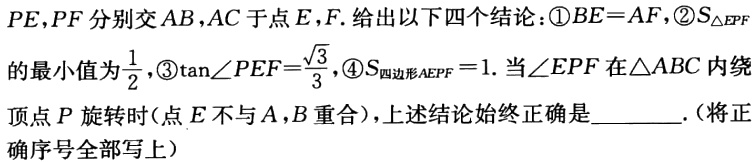
$PE,PF$分别交$AB,AC$于点$E,F$. 给出以下四个结论：\textcircled{1}$BE = AF$,\textcircled{2}$S_{\triangle EPF}$的最小值为$\frac{1}{2}$,\textcircled{3}$\tan\angle PEF=\frac{\sqrt{3}}{3}$,\textcircled{4}$S_{四边形AEPF}=1$. 当$\angle EPF$在$\triangle ABC$内绕顶点$P$旋转时(点$E$不与$A,B$重合)，上述结论始终正确是________.(将正确序号全部写上）